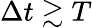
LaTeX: \Delta t\gtrsim T